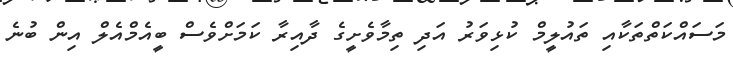
މަސައްކަތްތަކާއި ތައުލީމް ކުޅިވަރު އަދި ތިމާވެށީގެ ދާއިރާ ކަމަށްވެސް ބީއެމްއެލް އިން ބުނެ